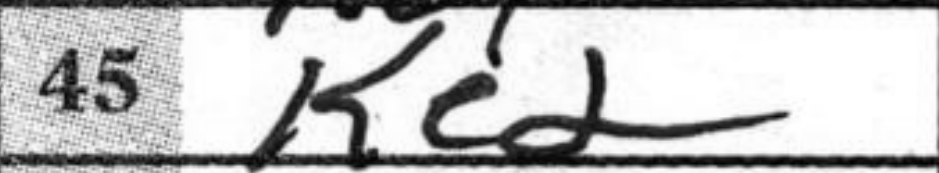
Transcription: Ke2